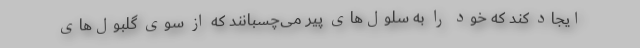
ایجاد کند که خود را به سلول‌های پیر می‌چسبانند که از سوی گلبول‌های